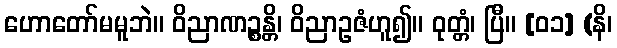
ဟောတော်မမူဘဲ။ ဝိညာဏဉ္စန္တိ၊ ဝိညာဥဇံဟူ၍။ ဝုတ္တံ၊ ပြီ။ [၀၁] (နိ၊